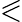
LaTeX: \eqslantless